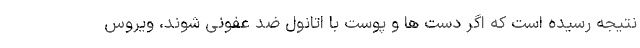
نتیجه رسیده است که اگر دست ها و پوست با اتانول ضد عفونی شوند، ویروس